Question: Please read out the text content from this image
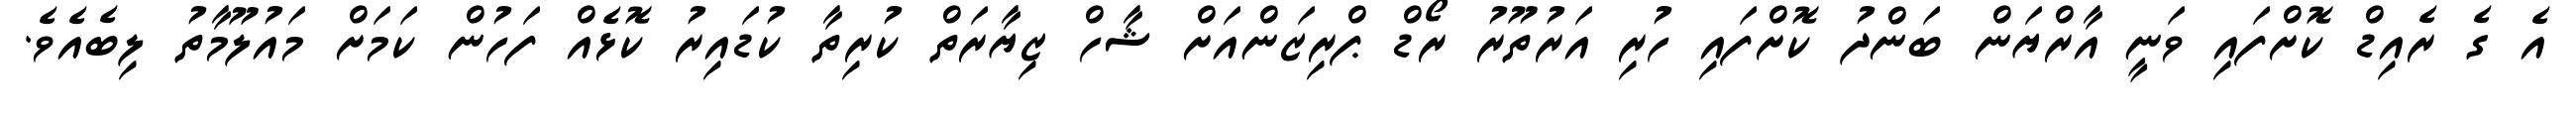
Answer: އެ ގެ ރެއިޑް ކޮށްފައި ވަނީ އާރްޔަން ބަންދު ކޮށްފައި ހުރި އަރުތޫރު ރޯޑް ޕްރިޒަންއަށް ޝާހް ޒިޔާރަތް ކުރިތާ ކުޑައިރު ކޮޅެއް ފަހުން ކަމަށް މައުލޫމާތު ލިބެއެވެ.